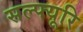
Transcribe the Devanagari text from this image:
सल्फ्यूरि